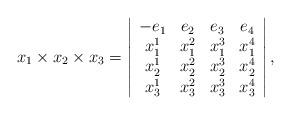
LaTeX: \begin{align*}x_{1}\times x_{2}\times x_{3}=\left\vert\begin{array}{cccc}-e_{1} & e_{2} & e_{3} & e_{4} \\x_{1}^{1} & x_{1}^{2} & x_{1}^{3} & x_{1}^{4} \\x_{2}^{1} & x_{2}^{2} & x_{2}^{3} & x_{2}^{4} \\x_{3}^{1} & x_{3}^{2} & x_{3}^{3} & x_{3}^{4}\end{array}\right\vert ,\end{align*}